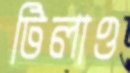
টিলাও